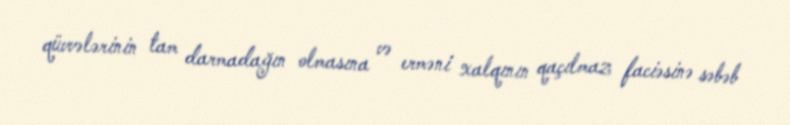
qüvvələrinin tam darmadağın olmasına və erməni xalqının qaçılmaz faciəsinə səbəb